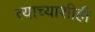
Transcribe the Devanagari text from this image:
त्याच्याशीही